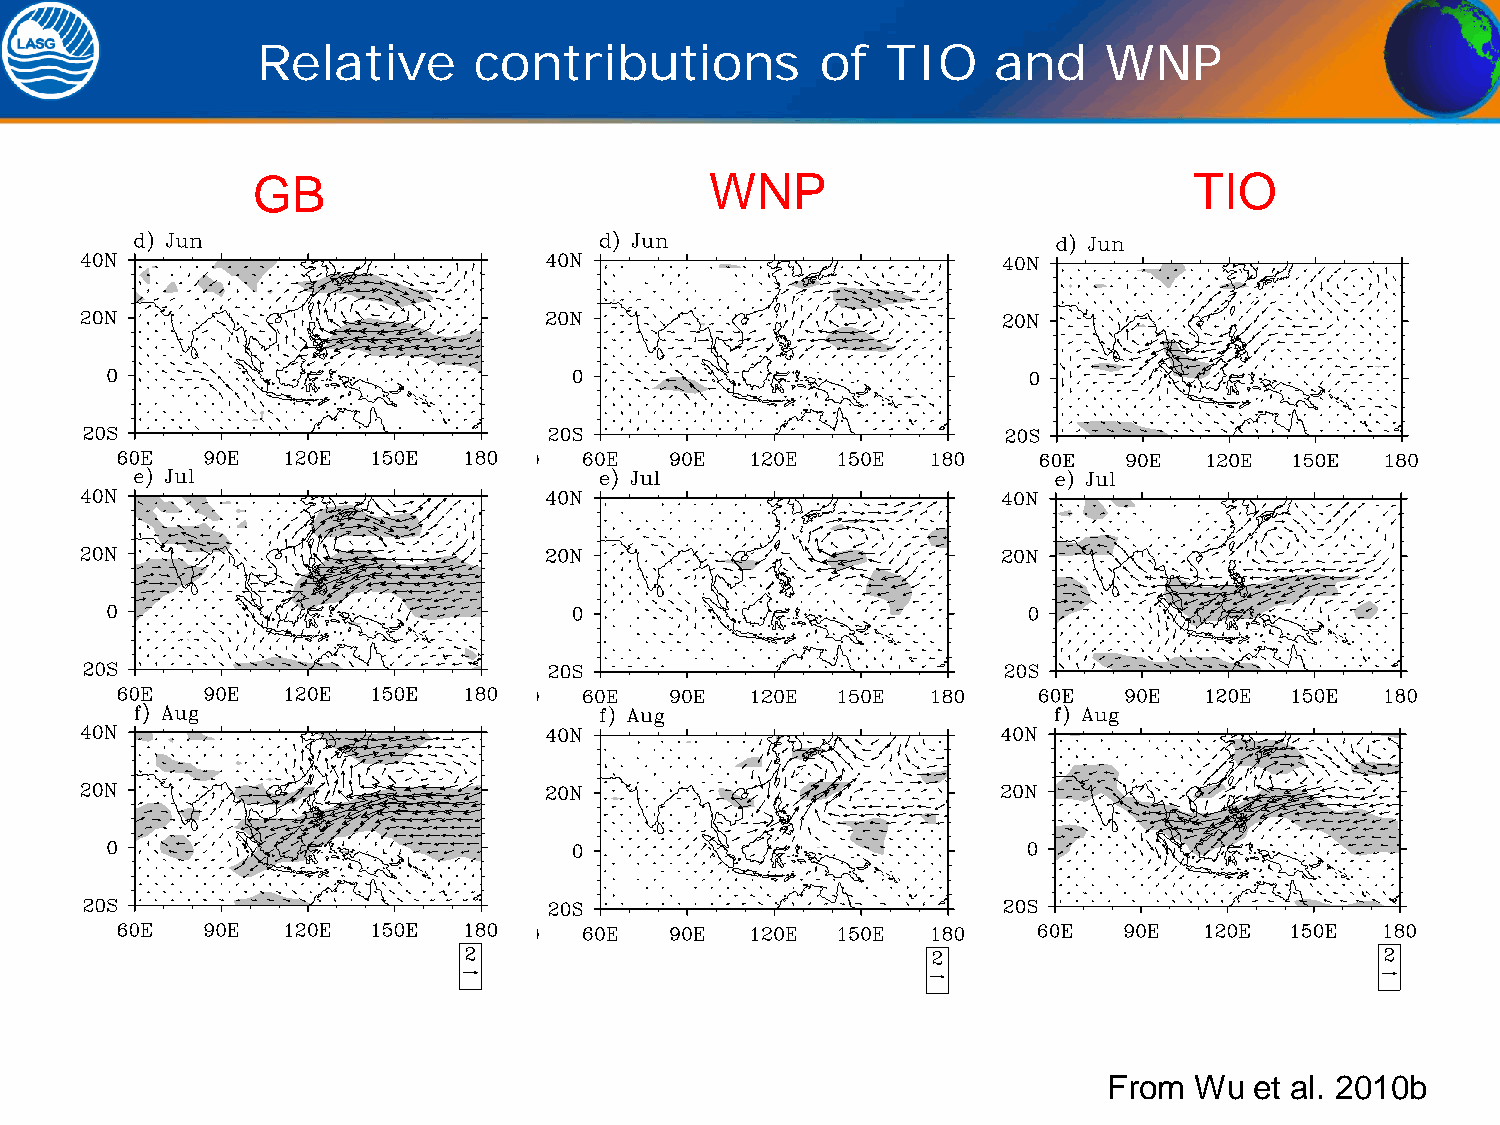
Relative      contributions          of   TIO    and    WNP
 GB                            WNP                             TIO
 From  Wu  et al. 2010b